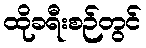
ထိုခရီးစဉ်တွင်